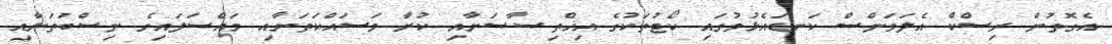
އެގޮތުން ރިސްކް އެލަވަންސް ކަނޑައެޅުމުގައި ކޯޓުތަކުގެ އިޚްތިޞާޞަށާއި ކުރާ މަސައްކަތަށާއި މައްސަލައިގެ ނިސްބަތަށާއި